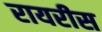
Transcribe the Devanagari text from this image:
रायरीस